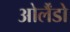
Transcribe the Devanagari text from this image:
ओर्लैंडो